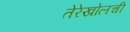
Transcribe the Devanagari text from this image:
तेरेखोलची